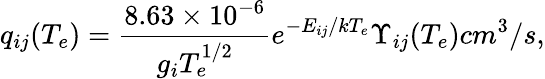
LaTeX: q_{ij}(T_{e})=\frac{8.63\times 10^{-6}}{g_{i}T_{e}^{1/2}}e^{-E_{ij}/kT_{e}}\Upsilon_{ij}(T_{e})cm^{3}/s,